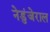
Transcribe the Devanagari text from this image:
नेडुंजेराल